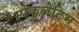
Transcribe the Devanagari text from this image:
स्पेकुलेटिभ